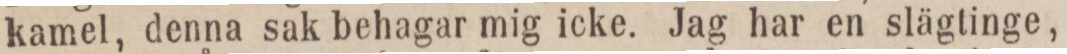
kamel, denna sak behagar mig icke. Jag har en slägtinge,